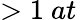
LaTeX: >1\ at\